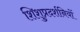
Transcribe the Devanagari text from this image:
शिशुप्रदर्शनियों